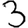
Digit: 3